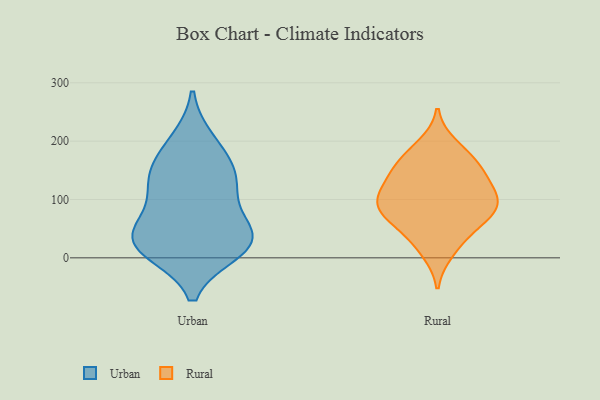
{"axis": {"x": "Conversion Rate (%)", "y": "Value"}, "legend": ["Rural", "Urban"], "data": [{"x": "", "y": 29, "type": "Urban"}, {"x": "", "y": 29, "type": "Urban"}, {"x": "", "y": 14, "type": "Urban"}, {"x": "", "y": 119, "type": "Urban"}, {"x": "", "y": 133, "type": "Urban"}, {"x": "", "y": 31, "type": "Urban"}, {"x": "", "y": 171, "type": "Urban"}, {"x": "", "y": 130, "type": "Urban"}, {"x": "", "y": 198, "type": "Urban"}, {"x": "", "y": 27, "type": "Urban"}, {"x": "", "y": 58, "type": "Urban"}, {"x": "", "y": 149, "type": "Rural"}, {"x": "", "y": 87, "type": "Rural"}, {"x": "", "y": 33, "type": "Rural"}, {"x": "", "y": 11, "type": "Rural"}, {"x": "", "y": 126, "type": "Rural"}, {"x": "", "y": 75, "type": "Rural"}, {"x": "", "y": 99, "type": "Rural"}, {"x": "", "y": 72, "type": "Rural"}, {"x": "", "y": 98, "type": "Rural"}, {"x": "", "y": 134, "type": "Rural"}, {"x": "", "y": 103, "type": "Rural"}, {"x": "", "y": 165, "type": "Rural"}, {"x": "", "y": 62, "type": "Rural"}, {"x": "", "y": 168, "type": "Rural"}, {"x": "", "y": 192, "type": "Rural"}]}